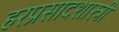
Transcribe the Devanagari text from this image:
हरप्रसादशास्त्री